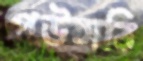
পউসবি